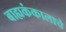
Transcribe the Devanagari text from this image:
बाह्यकंकालाचे